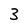
Character: 3